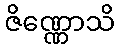
ဇိဏ္ဏောသိ